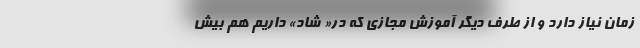
زمان نیاز دارد و از طرف دیگر آموزش مجازی که در« شاد» داریم هم بیش